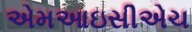
એમઆઇસીએચ